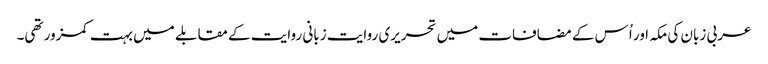
عربی زبان کی مکہ اور اُس کے مضافات میں تحریری روایت زبانی روایت کے مقابلے میں بہت کمزور تھی۔